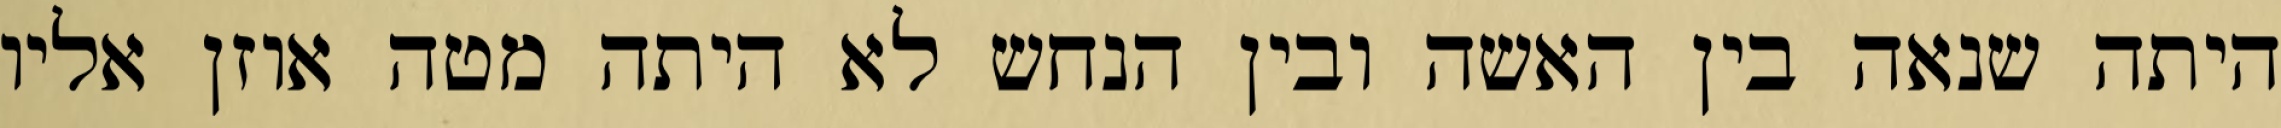
היתה שנאה בין האשה ובין הנחש לא היתה מטה אוזן אליו